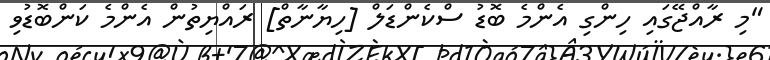
"މި ރާއްޖޭގައި ހިންގި އެންމެ ބޮޑު ސްކެންޑަލް [ހިޔާނާތް] ރައްޔިތުން އެންމެ ކަންބޮޑުވި